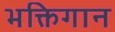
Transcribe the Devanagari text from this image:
भक्तिगान